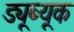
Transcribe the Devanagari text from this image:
ड्यूब्यूक